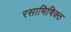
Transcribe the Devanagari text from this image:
रसाभिषिक्त